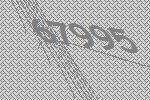
67995